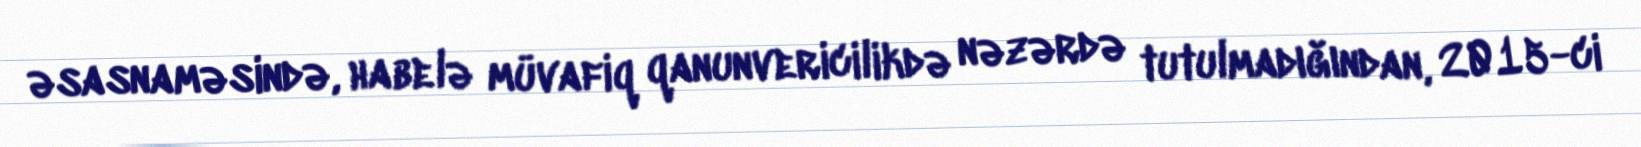
əsasnaməsində, habelə müvafiq qanunvericilikdə nəzərdə tutulmadığından, 2015-ci